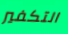
التكفير